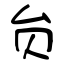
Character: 贠